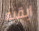
ابقيه